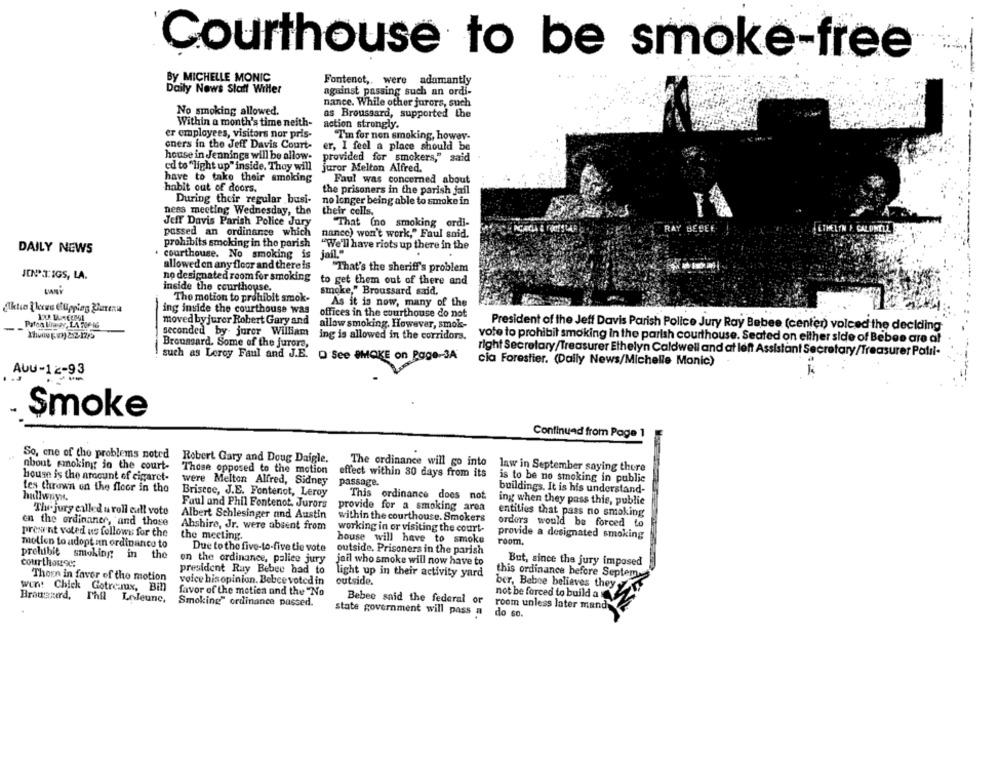
Courthouse to be smoke-free
By MICHELLE MONIC
Fontenet ,, were adamantly
Daily News Staff Willer
against passing such an ordi-
nance. While other jurors, such
No smoking allowed.
as Broussard, supported the
Within a month's time neith-
action strongly.
er employees, visitors nor pris-
Tin for non smoking, howav-
oners in the Jeff Davis Court-
er, I feel a place should be
house in Jennings will be allow-
provided for smokers,"
said
ed to "light up" inside. Thoy will
juror Melton Alfred.
have to take their smoking
Faul was concerned about
habit out of doors.
the prisoners in the parish jail
During their regular busi-
no longer being able to smoke in
ness meeting Wednesday, the
their cells.
Jeff Davis Parish Police Jury
That (no smoking ordi-
passed an ordinance which
nance) won't work," Faul snid.
prohibits smoking in the parish
DAILY NEWS
"We'll have riots up there in the
courthouse. No smoking is
jail
allowed en any floor and there is
"That's the sheriff's problem
JENPIIGS, LA.
no designated room for smoking
to get them out of there and
BARY
inside the courthouse.
The motion to prohibit smok-
smoke," Broussard said.
As it is now, many of the
ing inside the courthouse was
offices in the courthouse do not
Patco limagy, LA 20616
moved by juror Robert Gary and
allow smoking. However, smok-
President of the Jeff Davis Parish Police Jury Ray Bebee (center) volced the deciding
seconded by- jurer William
Broussard. Some of the jurors,
ing is allowed in the corridors.
vote to prohibit smoking in the parish courthouse. Seated on either side of Bebes are a!
such as Leroy Faul and J.E.
Q See SMOKE on Page-3A
right Secretary/Treasurer Ethelyn Caldwell and at left Assistant Secretary/Treasurer Patil-
cia Forestier. (Daily News/Michelle Monic)
AUU-12-93
Smoke
Continued from Page 1
So, cne of the problems noted
Robert Gary and Doug Daigle,
The ordinance will go into
nbout smoking in the court-
Those opposed to the motion
law in September saying there
house is the amount of cigaret-
effect within 30 days from its
is to be no smoking in public
were Melton Alfred, Sidney
passage.
Les thrown on the floor in the
Briscoe, J.E. Fontenot, Leroy
This ordinance does not
buildings. It is his understand-
hallwayn.
ing when they pass this, publie
Faul and Phil Fontenot. Jurors
provide for a smoking area
The jury called u roll call voto
Albert Schlesinger and Austin
within the courthouse. Smokers
entities that pass no smoking
en the ordinaner, and those
orders would be forced to
present voted us follows for the
Abshire, Jr. were absent from
working in or visiting the court-
the meeting.
house will have to smoke
provide a designated smoking
motion to adopt an ordinance to
Due to the five-to-five tie vote
room.
prohibit smoking in the
outside, Prisoners in the parish
courthosrec:
on the ordinance, palice jury
jail who smoke will now have to
But, since the jury imposed
president Ray Bebee had to
Thorn in favor of the motion
light up in their activity yard
this ordinance before Septem
voice hisopinion. Bebce voted in
outside.
ber, Bebee believes they
went Chick Gotre mux, Bin
favor of the motion and the "No
Brauerard, Thll LeJeune,
Bebee said the federal or
not be forced to build a
Smoking" ordinance passed.
room unless later mand
state government will pass a
do so.